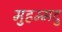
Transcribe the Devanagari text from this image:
मुहम्मदु